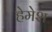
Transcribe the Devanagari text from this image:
हेमेश